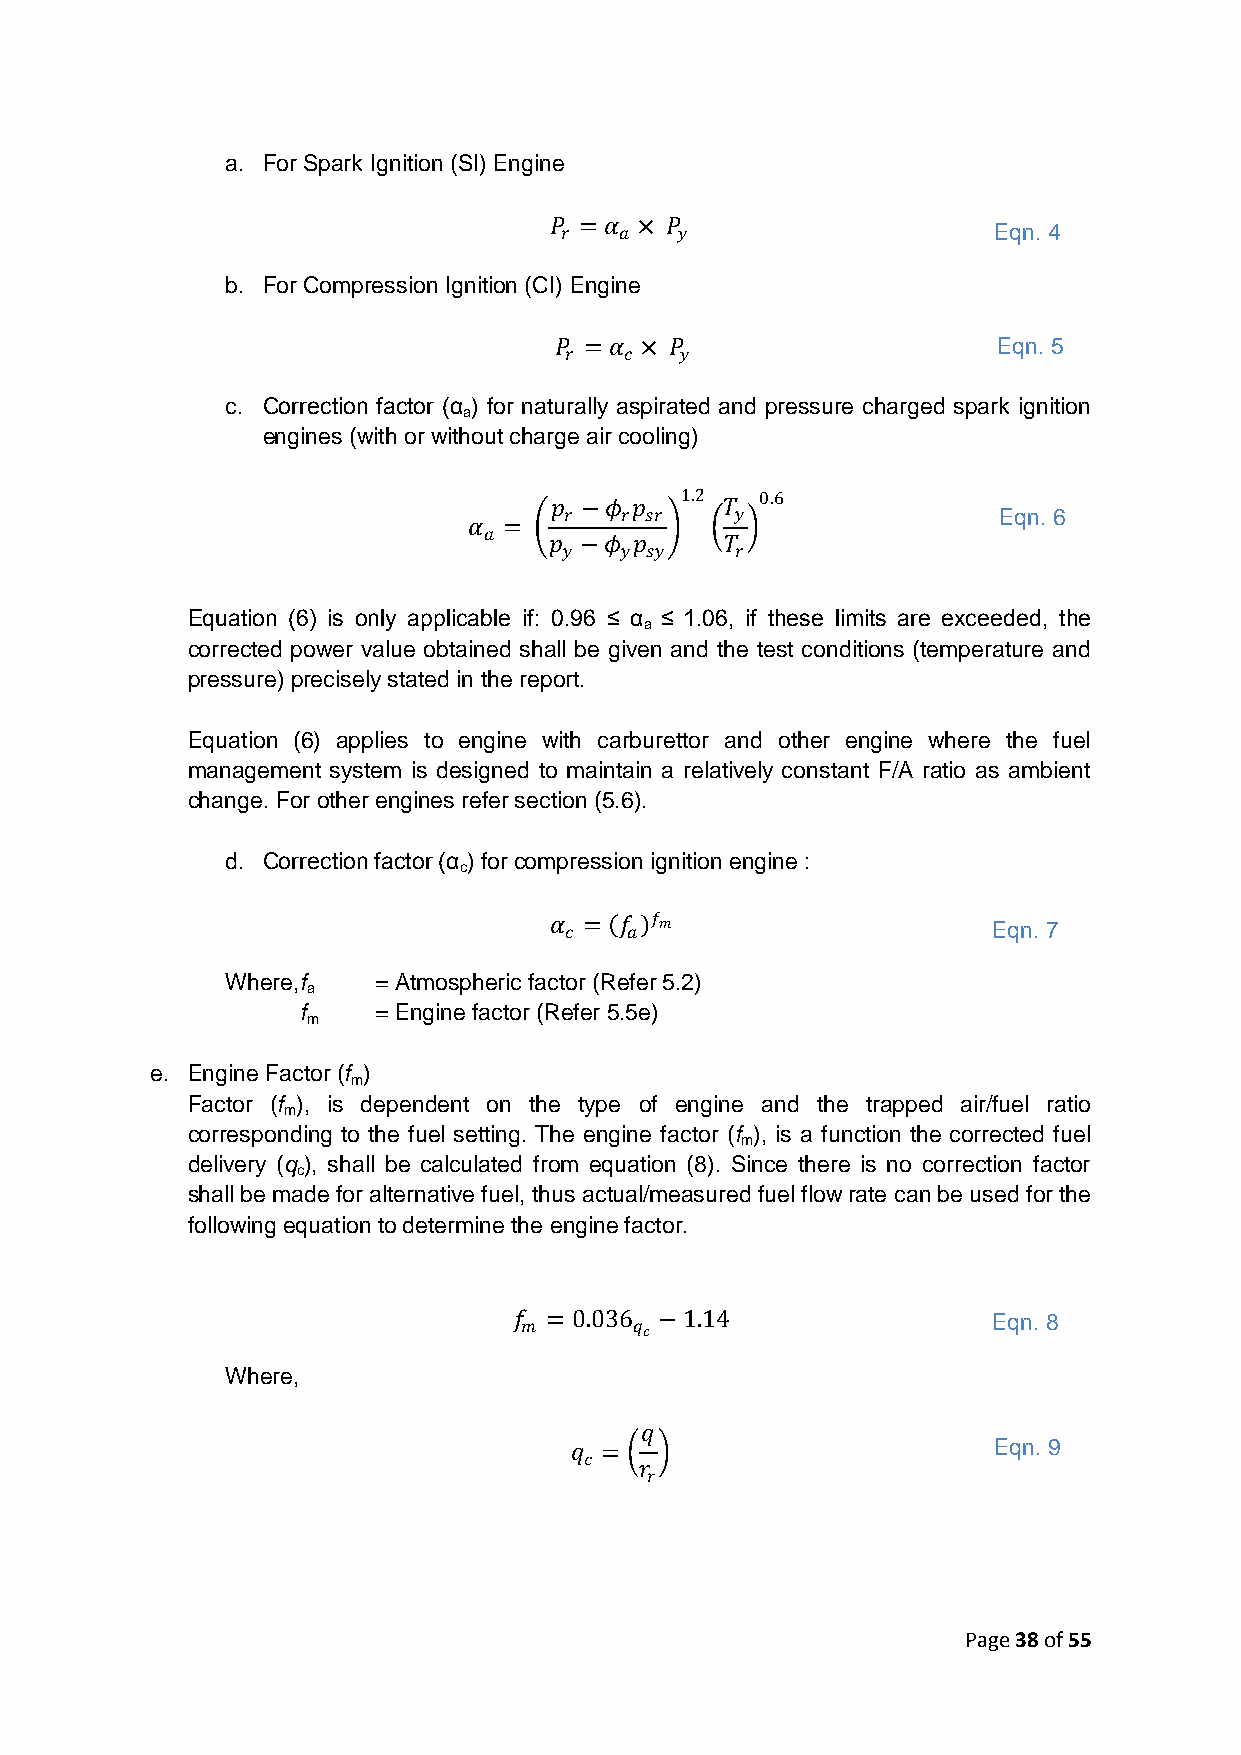
a. For Spark Ignition (SI) Engine
 𝑃
 𝑟
 = 𝛼
 𝑎
 × 𝑃
 𝑦                    Eqn. 4
 b. For Compression Ignition (CI) Engine
 𝑃 = 𝛼 × 𝑃                    Eqn. 5
 𝑟   𝑐   𝑦
 c. Correction factor (α ) for naturally aspirated and pressure charged spark ignition
 a
 engines (with or without charge air cooling)
 𝑝 −𝜙  𝑝  1.2 𝑇 0.6
 𝑟   𝑟 𝑠𝑟    𝑦                Eqn. 6
 𝛼 =
 𝑎   𝑝 −𝜙  𝑝     𝑇
 𝑦   𝑦 𝑠𝑦    𝑟
 Equation (6) is only applicable if: 0.96 ≤ α ≤ 1.06, if these limits are exceeded, the
 a
 corrected power value obtained shall be given and the test conditions (temperature and
 pressure) precisely stated in the report.
 Equation (6) applies to engine with carburettor and other engine where the fuel
 management system is designed to maintain a relatively constant F/A ratio as ambient
 change. For other engines refer section (5.6).
 d. Correction factor (α ) for compression ignition engine :
 c
 𝛼 𝑐 = 𝑓 𝑎 𝑓𝑚                  Eqn. 7
 Where, f  = Atmospheric factor (Refer 5.2)
 a
 f    = Engine factor (Refer 5.5e)
 m
 e. Engine Factor (f )
 m
 Factor (f ), is dependent on the type of engine and the trapped air/fuel ratio
 m
 corresponding to the fuel setting. The engine factor (f ), is a function the corrected fuel
 m
 delivery (q ), shall be calculated from equation (8). Since there is no correction factor
 c
 shall be made for alternative fuel, thus actual/measured fuel flow rate can be used for the
 following equation to determine the engine factor.
 𝑓 = 0.036 −1.14                 Eqn. 8
 𝑚       𝑞𝑐
 Where,
 𝑞
 𝑞 =                         Eqn. 9
 𝑐  𝑟
 𝑟
 Page 38 of 55